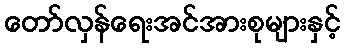
တော်လှန်ရေးအင်အားစုများနှင့်